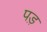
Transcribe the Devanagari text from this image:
पड़़